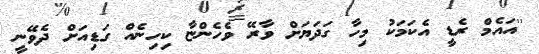
''އައެމް ރެޑީ އެކަމަކު މިހާ ގަދަޔަށް ވާރޭ ވެހެންޏާ ކިހިނެއް ގަޑިއަށް ދެވޭނީ